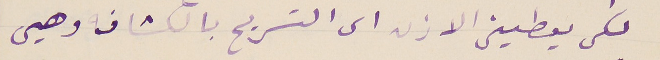
لكى يعطينى الاذن الى التسريح بالكشاف وهيى